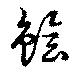
鱠